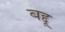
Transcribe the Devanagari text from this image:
बद्दू